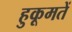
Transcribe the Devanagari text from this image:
हुकूमतें